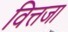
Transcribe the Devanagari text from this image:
वित्तजा